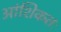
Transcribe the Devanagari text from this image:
आंशिकतः